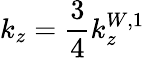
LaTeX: k_{z}=\frac{3}{4}k_{z}^{W,1}